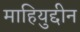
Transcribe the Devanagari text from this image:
माहियुद्दीन